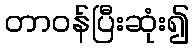
တာဝန်ပြီးဆုံး၍